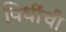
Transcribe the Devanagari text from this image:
विधींची